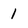
Character: 1